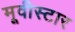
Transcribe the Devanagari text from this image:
मूवीस्टार